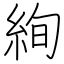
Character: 絢